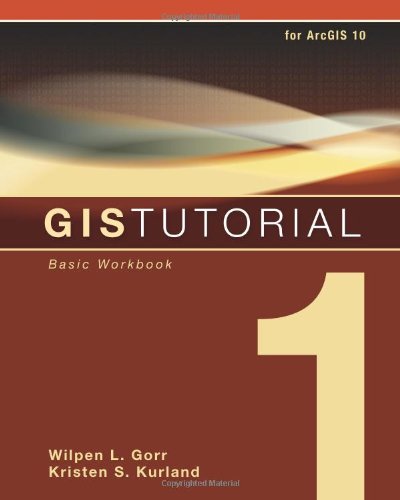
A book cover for GIS Tutorial 1: Basic Workbook; Wilpen L. Gorr; Computers & Technology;